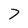
Character: 7